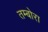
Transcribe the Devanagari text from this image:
तम्बोरा